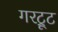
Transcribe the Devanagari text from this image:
गरट्रूट